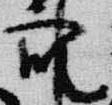
衆